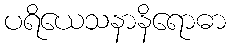
ပရိယေသနာနိရောဓာ